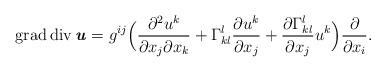
LaTeX: \begin{align*} \operatorname{grad}\operatorname{div} \textbf{\textit{u}} = g^{ij} \Bigl( \frac{\partial^2 u^k}{\partial x_j \partial x_k} + \Gamma^l_{kl}\frac{\partial u^k}{\partial x_j} + \frac{\partial \Gamma^l_{kl}}{\partial x_j} u^k \Bigr) \frac{\partial}{\partial x_i}.\end{align*}